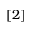
[ 2 ]